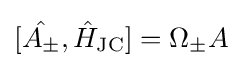
[{\hat {A_{\pm }}},{\hat {H}}_{\text{JC}}]=\Omega _{\pm }A